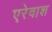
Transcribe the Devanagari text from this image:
एरेवाश